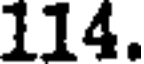
114.